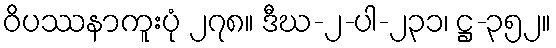
ဝိပဿနာကူးပုံ ၂၇၈။ ဒီဃ-၂-ပါ-၂၃၁၊ ဋ္ဌ-၃၅၂။